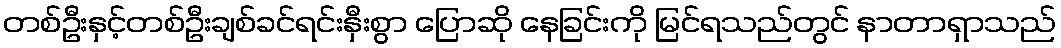
တစ်ဦးနှင့်တစ်ဦးချစ်ခင်ရင်းနှီးစွာ ပြောဆို နေခြင်းကို မြင်ရသည်တွင် နာတာရှာသည်